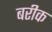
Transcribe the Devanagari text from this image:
बरीक